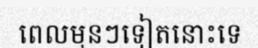
ពេលមុនៗទៀតនោះទេ